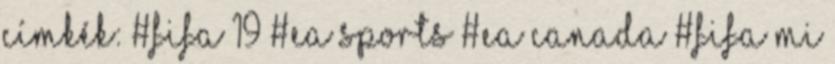
Címkék: #fifa 19 #ea sports #ea canada #fifa Mi